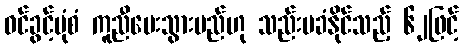
ဝင်ခွင့်ပုံစံ ကူညီပေးသွားမည်ဟု သည်းမခံနိုင်သည့် ၆၂ဖြင့်